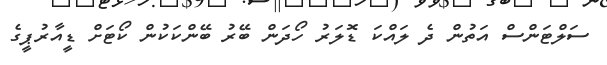
ސަލްޓަންސް އަތުން ދެ ލައްކަ ޑޮލަރު ހޯދަން ބޭރު ބޭންކަކުން ކޯޓަށް ޑީއާރުޕީގެ